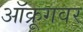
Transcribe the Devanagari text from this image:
ऑक्रूगवर